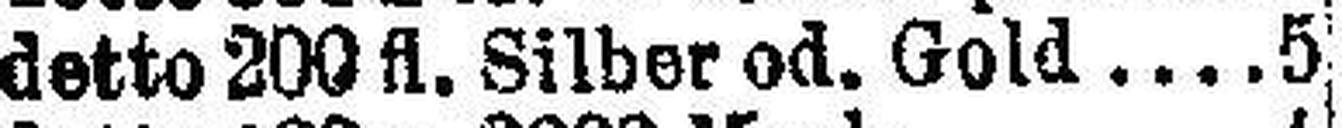
detto 200 fl. Silber od. Gold 5